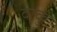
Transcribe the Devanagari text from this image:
दाकु